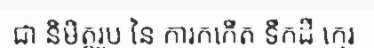
ជា និមិត្តរូប នៃ ការកកើត ទឹកដី ក្មេរ